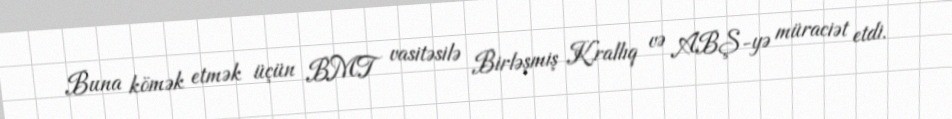
Buna kömək etmək üçün BMT vasitəsilə Birləşmiş Krallıq və ABŞ-yə müraciət etdi.